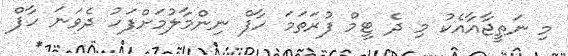
މި ނަތީޖާއާއެކު މި ދެ ޓީމް ފުރަތަމަ ހާފް ނިންމާލުމަށްފަހު ދެވަނަ ހާފް